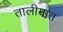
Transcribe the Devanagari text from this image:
तालीमात